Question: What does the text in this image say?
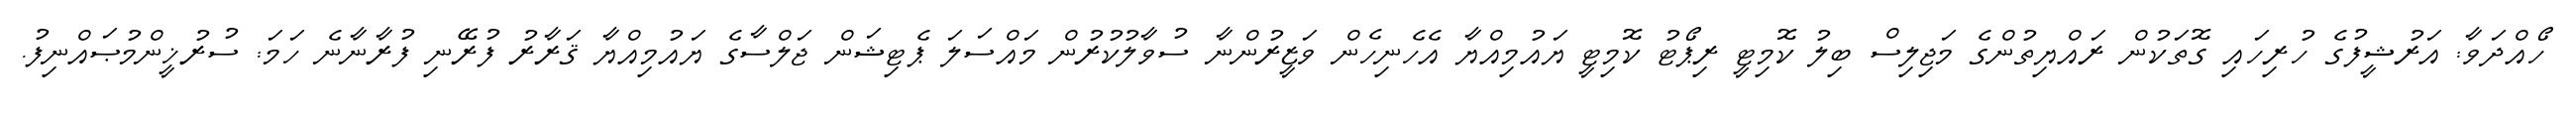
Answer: ހޯއްދަވާ: އަރުޝީފުގެ ހުރިހައި ގޮތަކުން ރައްޔިތުންގެ މަޖިލިސް ބިލު ކޮމިޓީ ރިޕޯޓު ކޮމިޓީ ޔައުމިއްޔާ އެހެނިހެން ވަޒީރުންނާ ސުވާލުކުރުން މައްސަލަ ޕެޓިޝަން ޖަލްސާގެ ޔައުމިއްޔާ ޤަރާރު ފުރޭނި ފުރާނާނެ ހަމަ: ސުރުޚީންމުޞައްނިފު.